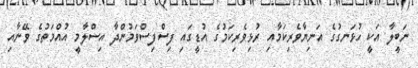
ނަބީލާ އަކީ ހުޅަނގުގެ އަނިޔާވެރިކަމާއި ރުޅިވެރިކަމުގެ އުޑީގައި ފިސްފިސްވަމުންދާ އިސްލާމީ އުއްމަތުގެ ވޭނާއި